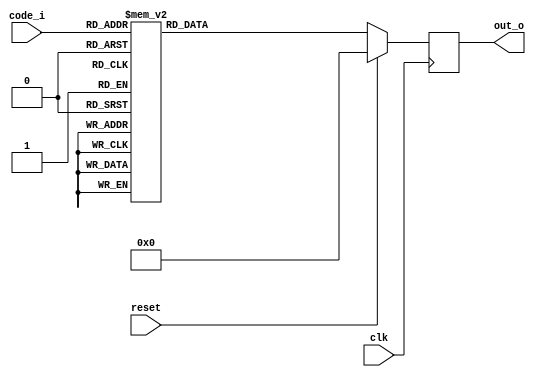
`timescale 1ns / 1ps
//////////////////////////////////////////////////////////////////////////////////
// Company: 
// 
// Design Name: 
// Module Name:    Decoinv_dec 
// Project Name: 
// Target Devices: 
// Tool versions: 
// Description: 
//
// Dependencies: 
//
// Revision: 
// Revision 0.01 - File Created
// Additional Comments: 
//
//////////////////////////////////////////////////////////////////////////////////
module Decoinv_uni(reset,clk,code_i,out_o );

input clk,reset;
 output reg [3:0] out_o;
   
input [3:0] code_i;

always @(posedge clk)
if (reset)
         out_o <= 4'b0;
      else
         case (code_i)
            4'b0000  : out_o <= 4'b1001;
            4'b0001  : out_o <= 4'b1000;
            4'b0010  : out_o <= 4'b0111;
            4'b0011  : out_o <= 4'b0110;
            4'b0100  : out_o <= 4'b0101;
            4'b0101  : out_o <= 4'b0100;
            4'b0110  : out_o <= 4'b0011;
            4'b0111  : out_o <= 4'b0010;
				4'b1000  : out_o <= 4'b0001;
				default : out_o <= 4'b0;
         endcase
				

endmodule